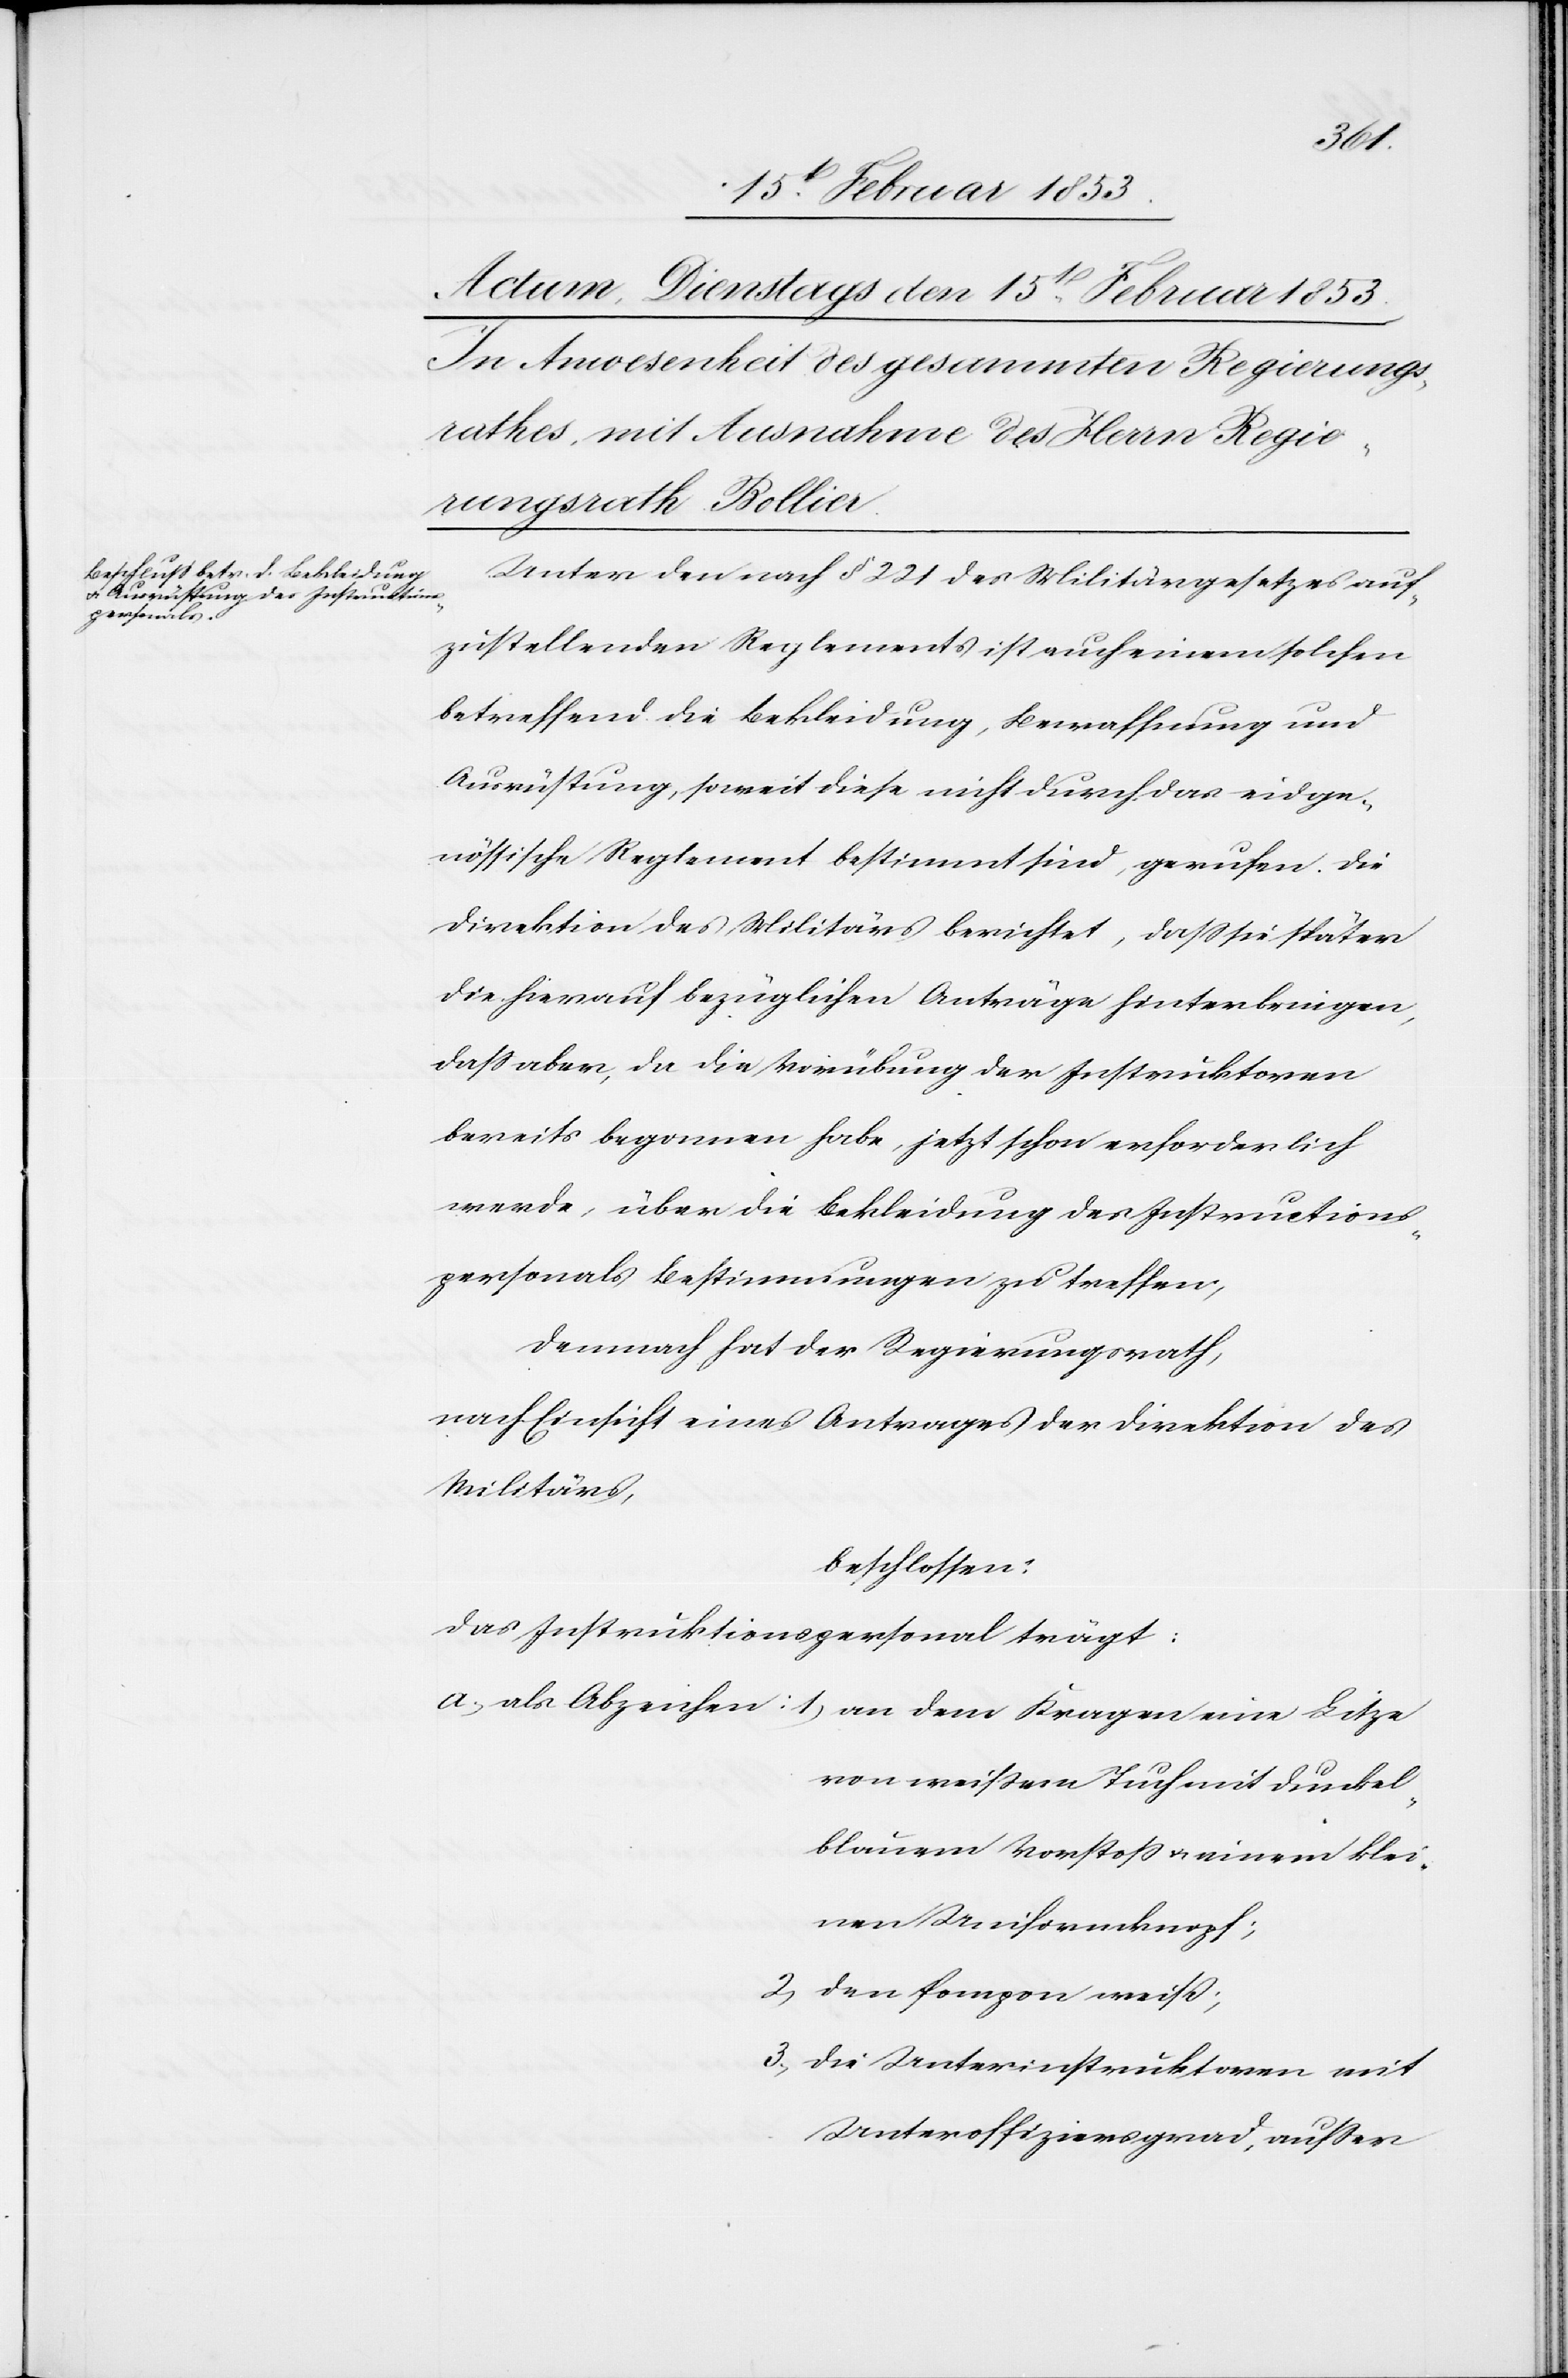
klei¬
Unter den nach § 221 des Militärgesetzes auf¬
zustellenden Reglements ist auch einem solchen
betreffend die Bekleidung, Bewaffnung und
Ausrüstung, soweit diese nicht durch das eidge¬
nössische Reglement bestimmt sind, gerufen. Die
Direktion des Militärs berichtet, daß sie später
die hierauf bezüglichen Anträge hinterbringen,
daß aber, da die Vorübung der Instruktoren
bereits begonnen habe, jetzt schon erforderlich
werde, über die Bekleidung des Instruktions¬
personals Bestimmungen zu treffen,
Demnach hat der Regierungsrath,
nach Einsicht eines Antrages der Direktion des
Militärs,
beschlossen:
Das Instruktionspersonal trägt:
a, als Abzeichen: 1, an dem Kragen eine Litze
von weißem Tuch mit dunkel¬
nen Uniformknopf;
2, den Pompon weiß;
3, die Unterinstruktoren mit
Unteroffiziersgrad, außer